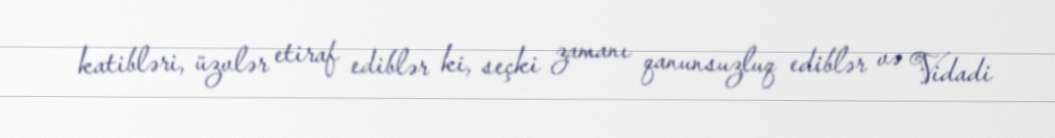
katibləri, üzvlər etiraf ediblər ki, seçki zamanı qanunsuzluq ediblər və Vidadi